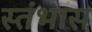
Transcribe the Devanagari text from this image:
स्तंभास